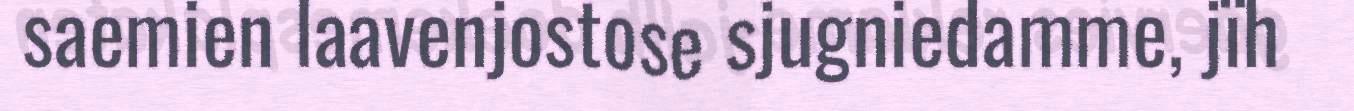
saemien laavenjostose sjugniedamme, jïh